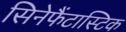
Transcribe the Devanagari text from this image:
सिनेफैंटास्टिक